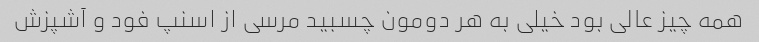
همه چیز عالی بود خیلی به هر دومون چسبید مرسی از اسنپ فود و آشپزش